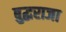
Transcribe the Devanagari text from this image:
बुद्धराजा